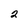
Character: 2